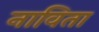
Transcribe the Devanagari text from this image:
नाविता